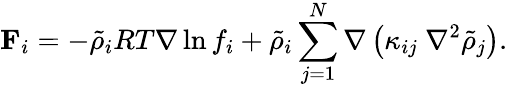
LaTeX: \mathbf{F}_{i}=-\tilde{\rho}_{i}RT\nabla\ln{f_{i}}+\tilde{\rho}_{i}\sum_{j=1}^{N}\nabla\left(\kappa_{ij}\ \nabla^{2}\tilde{\rho}_{j}\right).